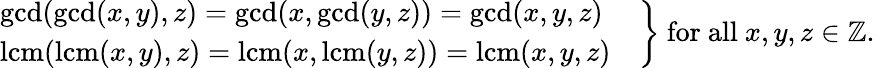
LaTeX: \left.{\begin{array}{l}{\gcd(\gcd(x,y),z)=\gcd(x,\gcd(y,z))=\gcd(x,y,z)\ \quad}\\ {\operatorname{lcm}(\operatorname{lcm}(x,y),z)=\operatorname{lcm}(x,\operatorname{lcm}(y,z))=\operatorname{lcm}(x,y,z)\quad}\end{array}}\right\} {\mathrm{~for~all~}}x,y,z\in\mathbb{Z}.